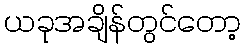
ယခုအချိန်တွင်တော့